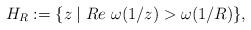
LaTeX: \begin{align*}H_R := \{z\mid Re\ \omega (1/z)>\omega (1/R)\},\end{align*}